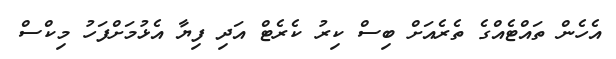
އެހެން ތައްޓެއްގެ ތެރެއަށް ބިސް ކިރު ކެރެޓް އަދި ފިޔާ އެޅުމަށްފަހު މިކްސް